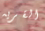
القريه